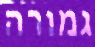
גמורה